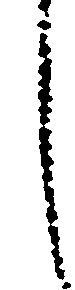
し